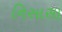
નિસાસા